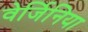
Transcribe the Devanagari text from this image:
वेर्जिनिया